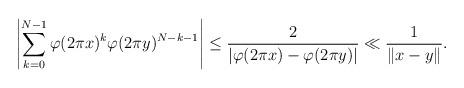
LaTeX: \begin{align*}\left| \sum_{k=0}^{N-1} \varphi (2 \pi x)^k \varphi (2 \pi y)^{N-k-1} \right| \le \frac{2}{\left| \varphi (2 \pi x) - \varphi (2 \pi y) \right|} \ll \frac{1}{\| x-y \|} .\end{align*}